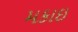
મકાઇ